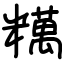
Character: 䊪